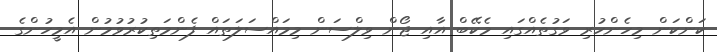
ކަންކަން މިހެންހުރި ވަގުތެއްގައި މެކޭބް އާއި ޖޯން ވިލްސަން މިމައްސަލަތައް ފެންމަތިކުރުވުމުން އެމީހުންގެ